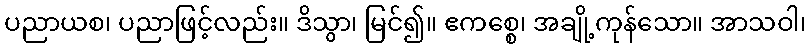
ပညာယစ၊ ပညာဖြင့်လည်း။ ဒိသွာ၊ မြင်၍။ ဧကစ္စေ၊ အချို့ကုန်သော။ အာသဝါ၊